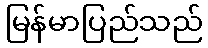
မြန်မာပြည်သည်